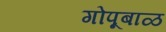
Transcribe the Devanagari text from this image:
गोपूबाळ